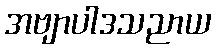
အဗျာပါဒသညာယ